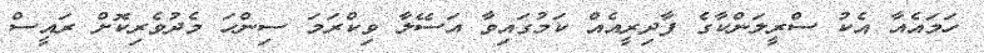
ހަމައެއާ އެކު ސްރީލަންކާގެ ފާދިރީއެއް ކަމުގައިވާ އަސޭލާ ވިކްރަމަ ސިންހަ މެދުވެރިކޮށް ރައީސް